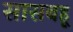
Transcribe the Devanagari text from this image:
सासबहू